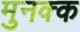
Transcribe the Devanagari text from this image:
मुनक्क